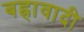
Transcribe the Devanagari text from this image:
बह्रावादी